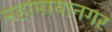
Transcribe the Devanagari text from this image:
महामायानगर